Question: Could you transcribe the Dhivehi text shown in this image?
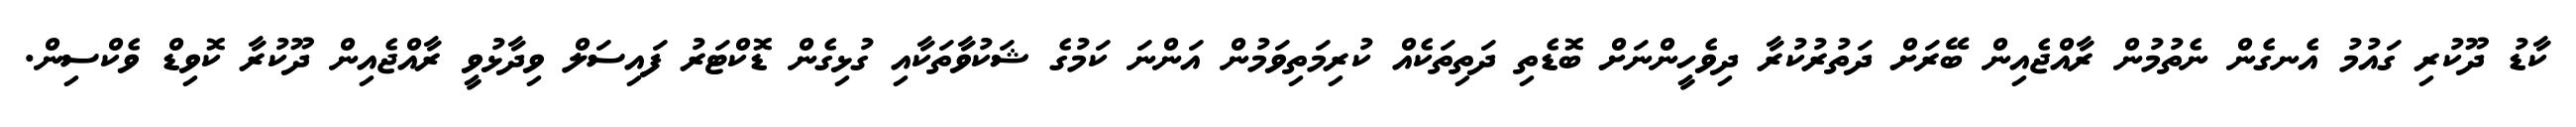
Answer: ކާޑު ދޫކުރި ގައުމު އެނގެން ނެތުމުން ރާއްޖެއިން ބޭރަށް ދަތުރުކުރާ ދިވެހީންނަށް ބޮޑެތި ދަތިތަކެއް ކުރިމަތިވަމުން އަންނަ ކަމުގެ ޝަކުވާތަކާއި ގުޅިގެން ޑޮކްޓަރު ފައިސަލް ވިދާޅުވީ ރާއްޖެއިން ދޫކުރާ ކޮވިޑް ވެކްސިން.